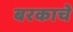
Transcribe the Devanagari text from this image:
बरकाचे